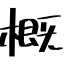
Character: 概